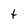
Character: t